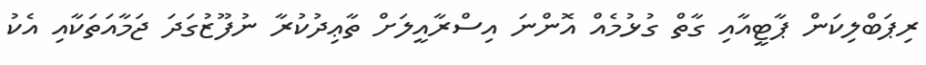
ރިޕަބްލިކަން ޕާޓީއާއި ގާތް ގުޅުމެއް އޮންނަ އިސްރާއީލަށް ތާޢިދުކުރާ ނުފޫޒުގަދަ ޖަމާއަތަކާއި އެކު